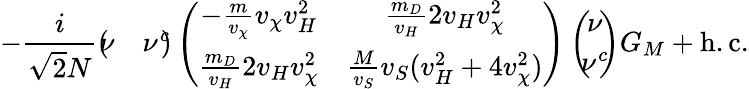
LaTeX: -\frac{i}{\sqrt{2}N}\left(\! \! \begin{array}{cc}{{\nu}}&{{\nu^{c}}}\end{array}\! \! \right)\left(\begin{array}{cc}{{-\frac m{v_{\chi}}v_{\chi}v_{H}^{2}}}&{{\frac{m_{D}}{v_{H}}2v_{H}v_{\chi}^{2}}}\\ {{\frac{m_{D}}{v_{H}}2v_{H}v_{\chi}^{2}}}&{{\frac M{v_{S}}v_{S}(v_{H}^{2}+4v_{\chi}^{2})}}\end{array}\right)\left(\! \! \begin{array}{c}{{\nu}}\\ {{\nu^{c}}}\end{array}\! \! \right)G_{M}+\mathrm{h.c.}